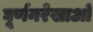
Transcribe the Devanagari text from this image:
घूर्णनरेखाओं